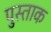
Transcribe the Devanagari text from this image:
पुस्ताक